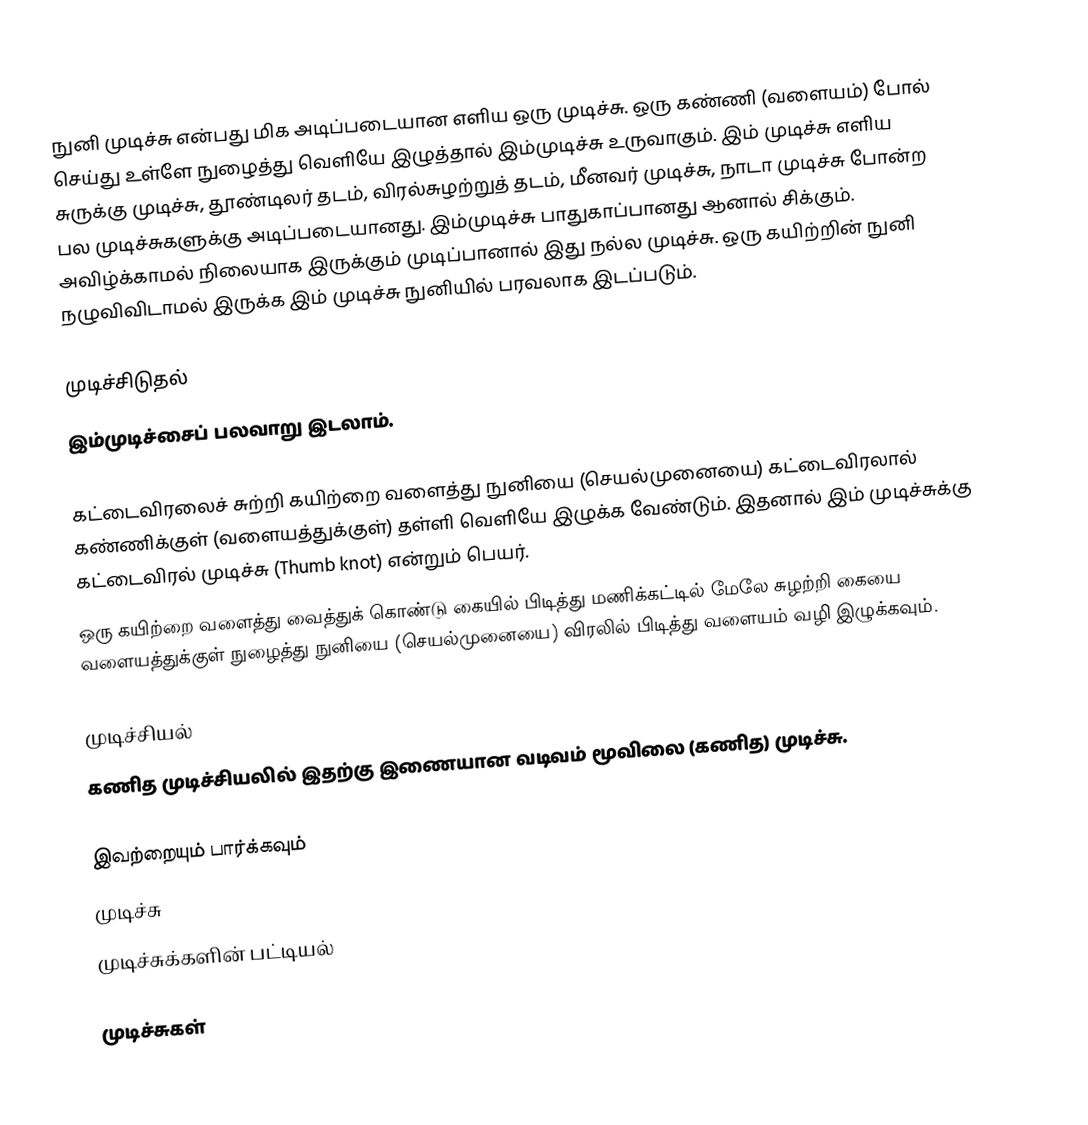
நுனி முடிச்சு என்பது மிக அடிப்படையான எளிய ஒரு முடிச்சு. ஒரு கண்ணி (வளையம்) போல் செய்து உள்ளே நுழைத்து வெளியே இழுத்தால் இம்முடிச்சு உருவாகும். இம் முடிச்சு எளிய சுருக்கு முடிச்சு, தூண்டிலர் தடம், விரல்சுழற்றுத் தடம், மீனவர் முடிச்சு, நாடா முடிச்சு போன்ற பல முடிச்சுகளுக்கு அடிப்படையானது. இம்முடிச்சு பாதுகாப்பானது ஆனால் சிக்கும். அவிழ்க்காமல் நிலையாக இருக்கும் முடிப்பானால் இது நல்ல முடிச்சு. ஒரு கயிற்றின் நுனி நழுவிவிடாமல் இருக்க இம் முடிச்சு நுனியில் பரவலாக இடப்படும்.

முடிச்சிடுதல்
இம்முடிச்சைப் பலவாறு இடலாம்.

 கட்டைவிரலைச் சுற்றி கயிற்றை வளைத்து நுனியை (செயல்முனையை) கட்டைவிரலால் கண்ணிக்குள் (வளையத்துக்குள்) தள்ளி வெளியே இழுக்க வேண்டும். இதனால் இம் முடிச்சுக்கு கட்டைவிரல் முடிச்சு (Thumb knot) என்றும் பெயர்.
 ஒரு கயிற்றை வளைத்து வைத்துக் கொண்டு கையில் பிடித்து மணிக்கட்டில் மேலே சுழற்றி கையை வளையத்துக்குள் நுழைத்து நுனியை (செயல்முனையை) விரலில் பிடித்து வளையம் வழி இழுக்கவும்.

முடிச்சியல்
கணித முடிச்சியலில் இதற்கு இணையான வடிவம் மூவிலை (கணித) முடிச்சு.

இவற்றையும் பார்க்கவும்
 முடிச்சு
 முடிச்சுக்களின் பட்டியல்

முடிச்சுகள்